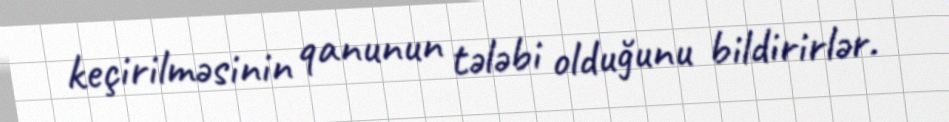
keçirilməsinin qanunun tələbi olduğunu bildirirlər.